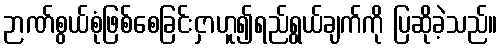
ဉာဏ်စွယ်စုံဖြစ်စေခြင်းငှာဟူ၍ရည်ရွယ်ချက်ကို ပြဆိုခဲ့သည်။